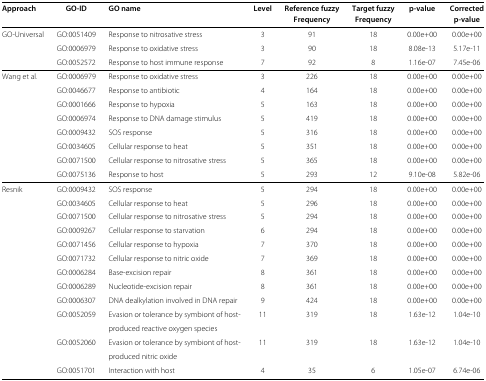
<table><thead><tr><td><b>Approach</b></td><td><b>GO-ID</b></td><td><b>GO name</b></td><td><b>Level</b></td><td><b>Reference fuzzy</b></td><td><b>Target fuzzy</b></td><td><b>p-value</b></td><td><b>Corrected</b></td></tr><tr><td><b> </b></td><td><b> </b></td><td><b> </b></td><td><b> </b></td><td><b>Frequency</b></td><td><b>Frequency</b></td><td><b> </b></td><td><b>p-value</b></td></tr></thead><tbody><tr><td>GO-Universal</td><td>GO:0051409</td><td>Response to nitrosativestress</td><td>3</td><td>91</td><td>18</td><td>0.00e+00</td><td>0.00e+00</td></tr><tr><td> </td><td>GO:0006979</td><td>Response to oxidative stress</td><td>3</td><td>90</td><td>18</td><td>8.08e-13</td><td>5.17e-11</td></tr><tr><td> </td><td>GO:0052572</td><td>Response to host immuneresponse</td><td>7</td><td>92</td><td>8</td><td>1.16e-07</td><td>7.45e-06</td></tr><tr><td>Wang et al.</td><td>GO:0006979</td><td>Response to oxidative stress</td><td>3</td><td>226</td><td>18</td><td>0.00e+00</td><td>0.00e+00</td></tr><tr><td> </td><td>GO:0046677</td><td>Response to antibiotic</td><td>4</td><td>164</td><td>18</td><td>0.00e+00</td><td>0.00e+00</td></tr><tr><td> </td><td>GO:0001666</td><td>Response to hypoxia</td><td>5</td><td>163</td><td>18</td><td>0.00e+00</td><td>0.00e+00</td></tr><tr><td> </td><td>GO:0006974</td><td>Response to DNA damagestimulus</td><td>5</td><td>419</td><td>18</td><td>0.00e+00</td><td>0.00e+00</td></tr><tr><td> </td><td>GO:0009432</td><td>SOS response</td><td>5</td><td>316</td><td>18</td><td>0.00e+00</td><td>0.00e+00</td></tr><tr><td> </td><td>GO:0034605</td><td>Cellular response to heat</td><td>5</td><td>351</td><td>18</td><td>0.00e+00</td><td>0.00e+00</td></tr><tr><td> </td><td>GO:0071500</td><td>Cellular response to nitrosativestress</td><td>5</td><td>365</td><td>18</td><td>0.00e+00</td><td>0.00e+00</td></tr><tr><td> </td><td>GO:0075136</td><td>Response to host</td><td>5</td><td>293</td><td>12</td><td>9.10e-08</td><td>5.82e-06</td></tr><tr><td>Resnik</td><td>GO:0009432</td><td>SOS response</td><td>5</td><td>294</td><td>18</td><td>0.00e+00</td><td>0.00e+00</td></tr><tr><td> </td><td>GO:0034605</td><td>Cellular response to heat</td><td>5</td><td>296</td><td>18</td><td>0.00e+00</td><td>0.00e+00</td></tr><tr><td> </td><td>GO:0071500</td><td>Cellular response to nitrosativestress</td><td>5</td><td>294</td><td>18</td><td>0.00e+00</td><td>0.00e+00</td></tr><tr><td> </td><td>GO:0009267</td><td>Cellular response tostarvation</td><td>6</td><td>294</td><td>18</td><td>0.00e+00</td><td>0.00e+00</td></tr><tr><td> </td><td>GO:0071456</td><td>Cellular response to hypoxia</td><td>7</td><td>370</td><td>18</td><td>0.00e+00</td><td>0.00e+00</td></tr><tr><td> </td><td>GO:0071732</td><td>Cellular response to nitricoxide</td><td>7</td><td>369</td><td>18</td><td>0.00e+00</td><td>0.00e+00</td></tr><tr><td> </td><td>GO:0006284</td><td>Base-excision repair</td><td>8</td><td>361</td><td>18</td><td>0.00e+00</td><td>0.00e+00</td></tr><tr><td> </td><td>GO:0006289</td><td>Nucleotide-excision repair</td><td>8</td><td>361</td><td>18</td><td>0.00e+00</td><td>0.00e+00</td></tr><tr><td> </td><td>GO:0006307</td><td>DNA dealkylation involved in DNArepair</td><td>9</td><td>424</td><td>18</td><td>0.00e+00</td><td>0.00e+00</td></tr><tr><td> </td><td>GO:0052059</td><td>Evasion or tolerance by symbiont ofhost-</td><td>11</td><td>319</td><td>18</td><td>1.63e-12</td><td>1.04e-10</td></tr><tr><td> </td><td> </td><td>produced reactive oxygenspecies</td><td> </td><td> </td><td> </td><td> </td><td> </td></tr><tr><td> </td><td>GO:0052060</td><td>Evasion or tolerance by symbiont ofhost-</td><td>11</td><td>319</td><td>18</td><td>1.63e-12</td><td>1.04e-10</td></tr><tr><td> </td><td> </td><td>produced nitric oxide</td><td> </td><td> </td><td> </td><td> </td><td> </td></tr><tr><td> </td><td>GO:0051701</td><td>Interaction with host</td><td>4</td><td>35</td><td>6</td><td>1.05e-07</td><td>6.74e-06</td></tr></tbody></table>